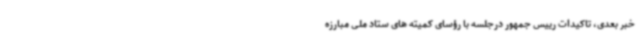
خبر بعدی، تاکیدات رییس جمهور درجلسه با رؤسای کمیته های ستاد ملی مبارزه